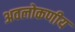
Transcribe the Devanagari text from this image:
अवलोकणीय